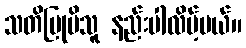
သတိပြုမိသူ နည်းပါလိမ့်မယ်။